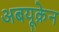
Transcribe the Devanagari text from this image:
अबयूक्रेन